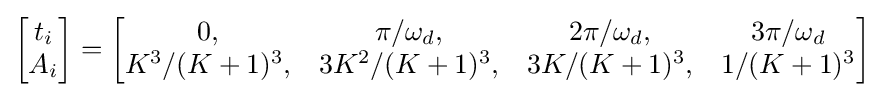
{\begin{bmatrix}t_{i}\\A_{i}\end{bmatrix}}={\begin{bmatrix}0,&\pi /\omega _{d},&2\pi /\omega _{d},&3\pi /\omega _{d}\\K^{3}/(K+1)^{3},&3K^{2}/(K+1)^{3},&3K/(K+1)^{3},&1/(K+1)^{3}\end{bmatrix}}